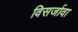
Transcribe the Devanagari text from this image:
विसर्जावा